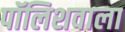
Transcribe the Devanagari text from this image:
पॉलिशवाला